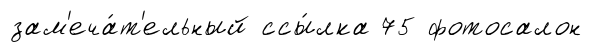
зам'еча́т'ельный ссы́лка 75 фотосалон